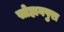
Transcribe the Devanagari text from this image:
सोहागपुरा